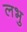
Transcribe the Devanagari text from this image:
लभु